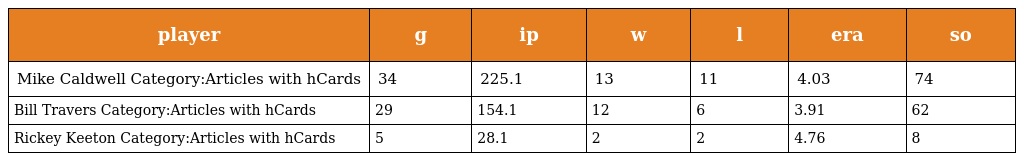
| player | g | ip | w | l | era | so |
 | --- | --- | --- | --- | --- | --- | --- |
 | Mike Caldwell Category:Articles with hCards | 34 | 225.1 | 13 | 11 | 4.03 | 74 |
 | Bill Travers Category:Articles with hCards | 29 | 154.1 | 12 | 6 | 3.91 | 62 |
 | Rickey Keeton Category:Articles with hCards | 5 | 28.1 | 2 | 2 | 4.76 | 8 |